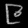
Digit: ၉